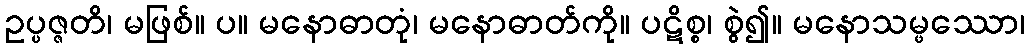
ဥပ္ပဇ္ဇတိ၊ မဖြစ်။ ပ။ မနောဓာတုံ၊ မနောဓာတ်ကို။ ပဋိစ္စ၊ စွဲ၍။ မနောသမ္ဖဿော၊